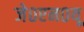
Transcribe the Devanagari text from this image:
जे०एन०यू